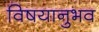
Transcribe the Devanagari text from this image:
विषयानुभव